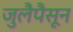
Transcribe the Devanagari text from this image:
जुलैपैसून